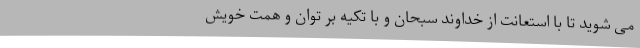
می شوید تا با استعانت از خداوند سبحان و با تکیه بر توان و همت خویش